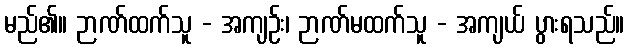
မည်၏။ ဉာဏ်ထက်သူ - အကျဉ်း၊ ဉာဏ်မထက်သူ - အကျယ် ပွားရသည်။